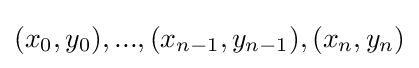
(x_{0},y_{0}),...,(x_{n-1},y_{n-1}),(x_{n},y_{n})